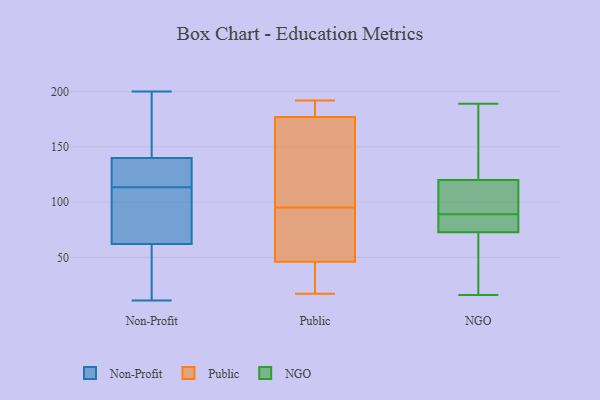
{"axis": {"x": "LTV (USD)", "y": "Value"}, "legend": ["NGO", "Non-Profit", "Public"], "data": [{"x": "", "y": 45, "type": "Non-Profit"}, {"x": "", "y": 73, "type": "Non-Profit"}, {"x": "", "y": 169, "type": "Non-Profit"}, {"x": "", "y": 140, "type": "Non-Profit"}, {"x": "", "y": 28, "type": "Non-Profit"}, {"x": "", "y": 149, "type": "Non-Profit"}, {"x": "", "y": 92, "type": "Non-Profit"}, {"x": "", "y": 51, "type": "Non-Profit"}, {"x": "", "y": 109, "type": "Non-Profit"}, {"x": "", "y": 133, "type": "Non-Profit"}, {"x": "", "y": 200, "type": "Non-Profit"}, {"x": "", "y": 62, "type": "Non-Profit"}, {"x": "", "y": 186, "type": "Non-Profit"}, {"x": "", "y": 79, "type": "Non-Profit"}, {"x": "", "y": 134, "type": "Non-Profit"}, {"x": "", "y": 11, "type": "Non-Profit"}, {"x": "", "y": 127, "type": "Non-Profit"}, {"x": "", "y": 118, "type": "Non-Profit"}, {"x": "", "y": 177, "type": "Public"}, {"x": "", "y": 17, "type": "Public"}, {"x": "", "y": 114, "type": "Public"}, {"x": "", "y": 46, "type": "Public"}, {"x": "", "y": 70, "type": "Public"}, {"x": "", "y": 191, "type": "Public"}, {"x": "", "y": 106, "type": "Public"}, {"x": "", "y": 59, "type": "Public"}, {"x": "", "y": 192, "type": "Public"}, {"x": "", "y": 134, "type": "Public"}, {"x": "", "y": 84, "type": "Public"}, {"x": "", "y": 189, "type": "Public"}, {"x": "", "y": 31, "type": "Public"}, {"x": "", "y": 38, "type": "Public"}, {"x": "", "y": 72, "type": "NGO"}, {"x": "", "y": 104, "type": "NGO"}, {"x": "", "y": 33, "type": "NGO"}, {"x": "", "y": 111, "type": "NGO"}, {"x": "", "y": 18, "type": "NGO"}, {"x": "", "y": 76, "type": "NGO"}, {"x": "", "y": 81, "type": "NGO"}, {"x": "", "y": 16, "type": "NGO"}, {"x": "", "y": 89, "type": "NGO"}, {"x": "", "y": 84, "type": "NGO"}, {"x": "", "y": 73, "type": "NGO"}, {"x": "", "y": 155, "type": "NGO"}, {"x": "", "y": 123, "type": "NGO"}, {"x": "", "y": 189, "type": "NGO"}, {"x": "", "y": 180, "type": "NGO"}, {"x": "", "y": 112, "type": "NGO"}, {"x": "", "y": 119, "type": "NGO"}]}